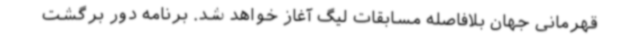
قهرمانی جهان بلافاصله مسابقات لیگ آغاز خواهد شد. برنامه دور برگشت